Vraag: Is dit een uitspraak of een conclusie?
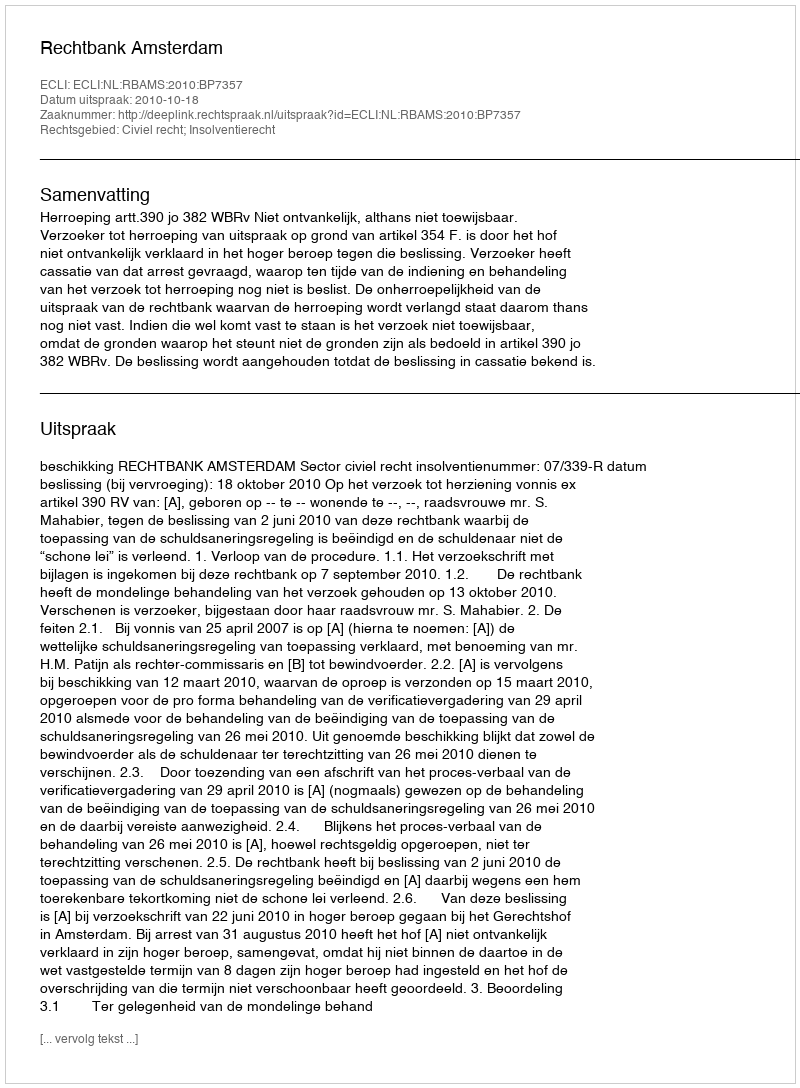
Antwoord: Uitspraak